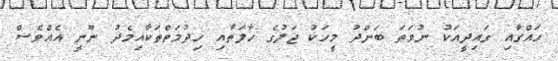
ހައްގާއި ގައިދީއަކު ނުވަތަ ބަންދު މީހަކު ޖަލުގެ ހާލަތާއި ހިދުމަތްތަކާއިމެދު ނޫނީ އެއްވެސް